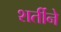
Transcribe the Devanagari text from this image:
शर्तीने